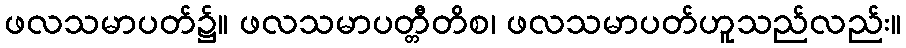
ဖလသမာပတ်၌။ ဖလသမာပတ္တီတိစ၊ ဖလသမာပတ်ဟူသည်လည်း။